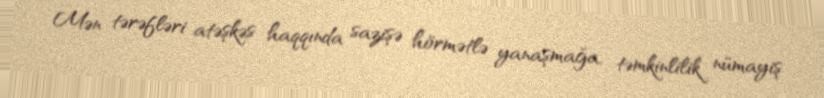
Mən tərəfləri atəşkəs haqqında sazişə hörmətlə yanaşmağa, təmkinlilik nümayiş